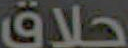
حلاق